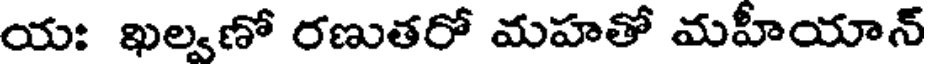
య: ఖల్వణో రణుతరో మహతో మహీయాన్